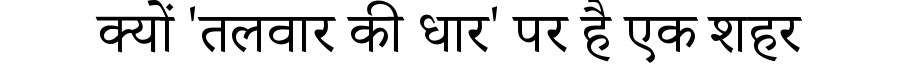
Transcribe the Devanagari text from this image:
क्यों 'तलवार की धार' पर है एक शहर